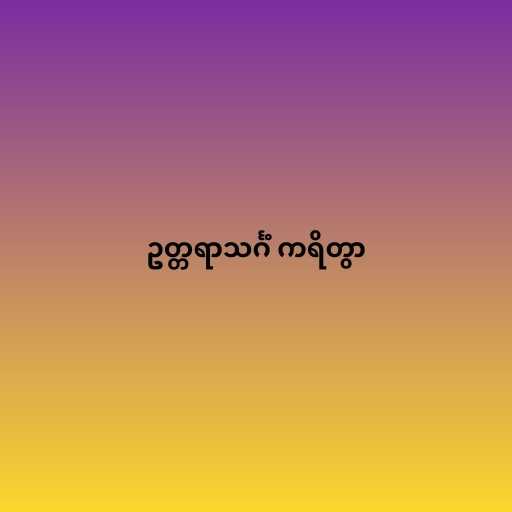
ဥတ္တရာသင်္ဂံ ကရိတွာ